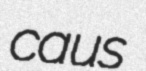
caus